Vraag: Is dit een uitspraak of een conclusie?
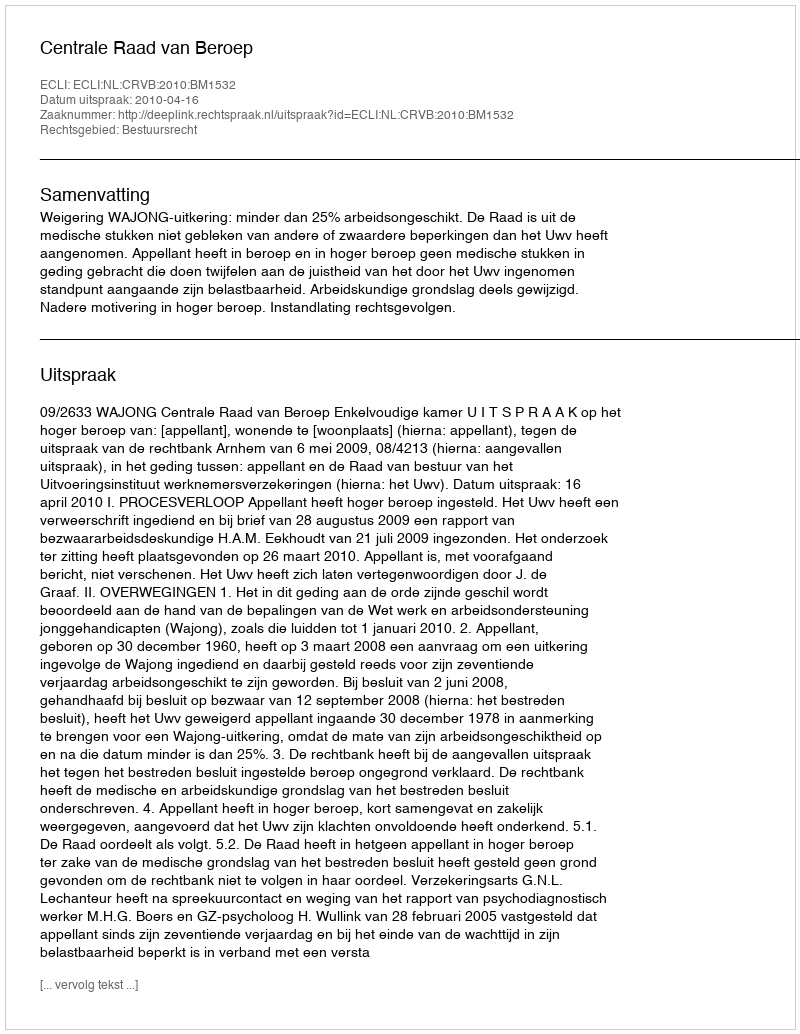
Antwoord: Uitspraak